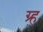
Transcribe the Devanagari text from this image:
ग्र्ह